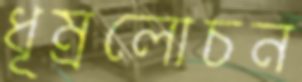
ধূম্রলোচন